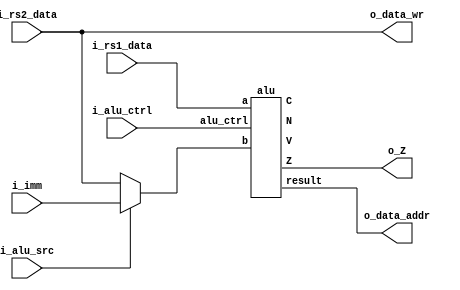
module EXE (
    input   wire    [31:0]      i_rs1_data,
    input   wire    [31:0]      i_rs2_data,
    input   wire    [31:0]      i_imm,
    input   wire                i_alu_src,
    input   wire    [4:0]       i_alu_ctrl,
    output  wire    [31:0]      o_data_addr,
    output  wire    [31:0]      o_data_wr,
    output  wire                o_Z
);
    wire    N, Z, C, V;
    wire    [31:0]      rs2_data;
    wire    [4:0]       alu_ctrl = i_alu_ctrl;
    assign  rs2_data    = i_alu_src ? i_imm : i_rs2_data;
    assign  o_data_wr   = i_rs2_data;
    assign  o_Z = Z;

    alu arithmetic_logic (
        .a          (i_rs1_data ),
        .b          (rs2_data   ),
        .alu_ctrl   (alu_ctrl   ),
        .result     (o_data_addr),
        .N(N), .Z(Z), .C(C), .V(V)
    );

endmodule

module alu (
    input   wire    [31:0]  a,
    input   wire    [31:0]  b,
    input   wire    [4:0]   alu_ctrl,
    output  reg     [31:0]  result,
    output  wire            N, Z, C, V
);
    wire    [31:0]  b2,sum;
    wire            slt, sltu;

    assign b2 = alu_ctrl[4]? ~b : b;

    assign slt = N ^ V; 
    assign sltu = ~C;  

    always @(*) begin
        case (alu_ctrl[3:0])
            4'b0000: result <= sum;
            4'b0001: result <= a & b;
            4'b0010: result <= a | b;
            4'b0011: result <= a ^ b;
            4'b0100: result <= a << b[4:0];    
            4'b0101: result <= a >> b[4:0];    
            4'b0110: result <= a >>> b[4:0];   
            4'b0111: result <= {31'b0, slt};
            4'b1000: result <= {31'b0, sltu};
            default: result <= 32'b0;
        endcase
    end

    kogge_adder adder_subtractor (.a(a), .b(b2), .sub(alu_ctrl[4]), .sum(sum), .N(N), .Z(Z), .C(C), .V(V));

endmodule

// module add_sub (
//     input   wire    [31:0]  a,    
//     input   wire    [31:0]  b,   
//     input   wire            cin,
//     output  wire    [31:0]  sum,
//     output  wire            N, Z, C, V   
// );
//     wire    [31:0]  cout;

//     adder_1bit bit31 (.a(a[31]), .b(b[31]), .cin(cout[30]), .sum(sum[31]), .cout(cout[31]));
//     adder_1bit bit30 (.a(a[30]), .b(b[30]), .cin(cout[29]), .sum(sum[30]), .cout(cout[30]));
//     adder_1bit bit29 (.a(a[29]), .b(b[29]), .cin(cout[28]), .sum(sum[29]), .cout(cout[29]));
//     adder_1bit bit28 (.a(a[28]), .b(b[28]), .cin(cout[27]), .sum(sum[28]), .cout(cout[28]));

//     adder_1bit bit27 (.a(a[27]), .b(b[27]), .cin(cout[26]), .sum(sum[27]), .cout(cout[27]));
//     adder_1bit bit26 (.a(a[26]), .b(b[26]), .cin(cout[25]), .sum(sum[26]), .cout(cout[26]));
//     adder_1bit bit25 (.a(a[25]), .b(b[25]), .cin(cout[24]), .sum(sum[25]), .cout(cout[25]));
//     adder_1bit bit24 (.a(a[24]), .b(b[24]), .cin(cout[23]), .sum(sum[24]), .cout(cout[24]));

//     adder_1bit bit23 (.a(a[23]), .b(b[23]), .cin(cout[22]), .sum(sum[23]), .cout(cout[23]));
//     adder_1bit bit22 (.a(a[22]), .b(b[22]), .cin(cout[21]), .sum(sum[22]), .cout(cout[22]));
//     adder_1bit bit21 (.a(a[21]), .b(b[21]), .cin(cout[20]), .sum(sum[21]), .cout(cout[21]));
//     adder_1bit bit20 (.a(a[20]), .b(b[20]), .cin(cout[19]), .sum(sum[20]), .cout(cout[20]));

//     adder_1bit bit19 (.a(a[19]), .b(b[19]), .cin(cout[18]), .sum(sum[19]), .cout(cout[19]));
//     adder_1bit bit18 (.a(a[18]), .b(b[18]), .cin(cout[17]), .sum(sum[18]), .cout(cout[18]));
//     adder_1bit bit17 (.a(a[17]), .b(b[17]), .cin(cout[16]), .sum(sum[17]), .cout(cout[17]));
//     adder_1bit bit16 (.a(a[16]), .b(b[16]), .cin(cout[15]), .sum(sum[16]), .cout(cout[16]));

//     adder_1bit bit15 (.a(a[15]), .b(b[15]), .cin(cout[14]), .sum(sum[15]), .cout(cout[15]));
//     adder_1bit bit14 (.a(a[14]), .b(b[14]), .cin(cout[13]), .sum(sum[14]), .cout(cout[14]));
//     adder_1bit bit13 (.a(a[13]), .b(b[13]), .cin(cout[12]), .sum(sum[13]), .cout(cout[13]));
//     adder_1bit bit12 (.a(a[12]), .b(b[12]), .cin(cout[11]), .sum(sum[12]), .cout(cout[12]));

//     adder_1bit bit11 (.a(a[11]), .b(b[11]), .cin(cout[10]), .sum(sum[11]), .cout(cout[11]));
//     adder_1bit bit10 (.a(a[10]), .b(b[10]), .cin(cout[9]), .sum(sum[10]), .cout(cout[10]));
//     adder_1bit bit09 (.a(a[9]), .b(b[9]), .cin(cout[8]), .sum(sum[9]), .cout(cout[9]));
//     adder_1bit bit08 (.a(a[8]), .b(b[8]), .cin(cout[7]), .sum(sum[8]), .cout(cout[8]));

//     adder_1bit bit07 (.a(a[7]), .b(b[7]), .cin(cout[6]), .sum(sum[7]), .cout(cout[7]));
//     adder_1bit bit06 (.a(a[6]), .b(b[6]), .cin(cout[5]), .sum(sum[6]), .cout(cout[6]));
//     adder_1bit bit05 (.a(a[5]), .b(b[5]), .cin(cout[4]), .sum(sum[5]), .cout(cout[5]));
//     adder_1bit bit04 (.a(a[4]), .b(b[4]), .cin(cout[3]), .sum(sum[4]), .cout(cout[4]));

//     adder_1bit bit03 (.a(a[3]), .b(b[3]), .cin(cout[2]), .sum(sum[3]), .cout(cout[3]));
//     adder_1bit bit02 (.a(a[2]), .b(b[2]), .cin(cout[1]), .sum(sum[2]), .cout(cout[2]));
//     adder_1bit bit01 (.a(a[1]), .b(b[1]), .cin(cout[0]), .sum(sum[1]), .cout(cout[1]));
//     adder_1bit bit00 (.a(a[0]), .b(b[0]), .cin(cin), .sum(sum[0]), .cout(cout[0]));

//     assign N = sum[31];
//     assign Z = ~(|sum); //(sum == 32'b0);
//     assign C = cout[31];
//     assign V = cout[31] ^ cout[30];

// endmodule

// module adder_1bit(
//     input   wire    a,
//     input   wire    b,
//     input   wire    cin,
//     output  wire    sum,
//     output  wire    cout
// );
//     assign sum = a ^ b ^ cin;
//     assign cout = (a & b) | (a & cin) | (b & cin);
// endmodule

module kogge_adder (
    input       wire    [31:0]      a,
    input       wire    [31:0]      b,
    input       wire                sub,
    output      wire    [31:0]      sum,
    output      wire                N,   // Negative flag
    output      wire                Z,   // Zero flag
    output      wire                C,   // Carry flag
    output      wire                V    // Overflow flag
);

    wire [31:0] b_eff;       // Effective B (B or ~B)
    wire [31:0] p, g;        // Generate and Propagate
    wire [31:0] c;           // Carry bits

    // Effective B calculation based on Sub signal
    assign b_eff = sub? ~b : b;  // XOR with Sub to get B or ~B

    // Generate and Propagate
    // Stage 0
    assign g = a & b_eff;   // Generate
    assign p = a ^ b_eff;   // Propagate

    // Combine multiple stages for Kogge-Stone logic
    wire    [31:0]  g1, p1, g2, p2, g3, p3, g4, p4, g5, p5;

    // Stage 1
    assign {g1[0], p1[0]} = {g[0], p[0]};
    gp s1_01(.g_cur(g[ 1]),    .p_cur(p[ 1]),    .g_pre(g[ 0]),    .p_pre(p[ 0]),    .g_out(g1[ 1]),    .p_out(p1[ 1]));
    gp s1_02(.g_cur(g[ 2]),    .p_cur(p[ 2]),    .g_pre(g[ 1]),    .p_pre(p[ 1]),    .g_out(g1[ 2]),    .p_out(p1[ 2]));
    gp s1_03(.g_cur(g[ 3]),    .p_cur(p[ 3]),    .g_pre(g[ 2]),    .p_pre(p[ 2]),    .g_out(g1[ 3]),    .p_out(p1[ 3]));
    gp s1_04(.g_cur(g[ 4]),    .p_cur(p[ 4]),    .g_pre(g[ 3]),    .p_pre(p[ 3]),    .g_out(g1[ 4]),    .p_out(p1[ 4]));
    gp s1_05(.g_cur(g[ 5]),    .p_cur(p[ 5]),    .g_pre(g[ 4]),    .p_pre(p[ 4]),    .g_out(g1[ 5]),    .p_out(p1[ 5]));
    gp s1_06(.g_cur(g[ 6]),    .p_cur(p[ 6]),    .g_pre(g[ 5]),    .p_pre(p[ 5]),    .g_out(g1[ 6]),    .p_out(p1[ 6]));
    gp s1_07(.g_cur(g[ 7]),    .p_cur(p[ 7]),    .g_pre(g[ 6]),    .p_pre(p[ 6]),    .g_out(g1[ 7]),    .p_out(p1[ 7]));
    gp s1_08(.g_cur(g[ 8]),    .p_cur(p[ 8]),    .g_pre(g[ 7]),    .p_pre(p[ 7]),    .g_out(g1[ 8]),    .p_out(p1[ 8]));
    gp s1_09(.g_cur(g[ 9]),    .p_cur(p[ 9]),    .g_pre(g[ 8]),    .p_pre(p[ 8]),    .g_out(g1[ 9]),    .p_out(p1[ 9]));
    gp s1_10(.g_cur(g[10]),    .p_cur(p[10]),    .g_pre(g[ 9]),    .p_pre(p[ 9]),    .g_out(g1[10]),    .p_out(p1[10]));
    gp s1_11(.g_cur(g[11]),    .p_cur(p[11]),    .g_pre(g[10]),    .p_pre(p[10]),    .g_out(g1[11]),    .p_out(p1[11]));
    gp s1_12(.g_cur(g[12]),    .p_cur(p[12]),    .g_pre(g[11]),    .p_pre(p[11]),    .g_out(g1[12]),    .p_out(p1[12]));
    gp s1_13(.g_cur(g[13]),    .p_cur(p[13]),    .g_pre(g[12]),    .p_pre(p[12]),    .g_out(g1[13]),    .p_out(p1[13]));
    gp s1_14(.g_cur(g[14]),    .p_cur(p[14]),    .g_pre(g[13]),    .p_pre(p[13]),    .g_out(g1[14]),    .p_out(p1[14]));
    gp s1_15(.g_cur(g[15]),    .p_cur(p[15]),    .g_pre(g[14]),    .p_pre(p[14]),    .g_out(g1[15]),    .p_out(p1[15]));
    gp s1_16(.g_cur(g[16]),    .p_cur(p[16]),    .g_pre(g[15]),    .p_pre(p[15]),    .g_out(g1[16]),    .p_out(p1[16]));
    gp s1_17(.g_cur(g[17]),    .p_cur(p[17]),    .g_pre(g[16]),    .p_pre(p[16]),    .g_out(g1[17]),    .p_out(p1[17]));
    gp s1_18(.g_cur(g[18]),    .p_cur(p[18]),    .g_pre(g[17]),    .p_pre(p[17]),    .g_out(g1[18]),    .p_out(p1[18]));
    gp s1_19(.g_cur(g[19]),    .p_cur(p[19]),    .g_pre(g[18]),    .p_pre(p[18]),    .g_out(g1[19]),    .p_out(p1[19]));
    gp s1_20(.g_cur(g[20]),    .p_cur(p[20]),    .g_pre(g[19]),    .p_pre(p[19]),    .g_out(g1[20]),    .p_out(p1[20]));
    gp s1_21(.g_cur(g[21]),    .p_cur(p[21]),    .g_pre(g[20]),    .p_pre(p[20]),    .g_out(g1[21]),    .p_out(p1[21]));
    gp s1_22(.g_cur(g[22]),    .p_cur(p[22]),    .g_pre(g[21]),    .p_pre(p[21]),    .g_out(g1[22]),    .p_out(p1[22]));
    gp s1_23(.g_cur(g[23]),    .p_cur(p[23]),    .g_pre(g[22]),    .p_pre(p[22]),    .g_out(g1[23]),    .p_out(p1[23]));
    gp s1_24(.g_cur(g[24]),    .p_cur(p[24]),    .g_pre(g[23]),    .p_pre(p[23]),    .g_out(g1[24]),    .p_out(p1[24]));
    gp s1_25(.g_cur(g[25]),    .p_cur(p[25]),    .g_pre(g[24]),    .p_pre(p[24]),    .g_out(g1[25]),    .p_out(p1[25]));
    gp s1_26(.g_cur(g[26]),    .p_cur(p[26]),    .g_pre(g[25]),    .p_pre(p[25]),    .g_out(g1[26]),    .p_out(p1[26]));
    gp s1_27(.g_cur(g[27]),    .p_cur(p[27]),    .g_pre(g[26]),    .p_pre(p[26]),    .g_out(g1[27]),    .p_out(p1[27]));
    gp s1_28(.g_cur(g[28]),    .p_cur(p[28]),    .g_pre(g[27]),    .p_pre(p[27]),    .g_out(g1[28]),    .p_out(p1[28]));
    gp s1_29(.g_cur(g[29]),    .p_cur(p[29]),    .g_pre(g[28]),    .p_pre(p[28]),    .g_out(g1[29]),    .p_out(p1[29]));
    gp s1_30(.g_cur(g[30]),    .p_cur(p[30]),    .g_pre(g[29]),    .p_pre(p[29]),    .g_out(g1[30]),    .p_out(p1[30]));
    gp s1_31(.g_cur(g[31]),    .p_cur(p[31]),    .g_pre(g[30]),    .p_pre(p[30]),    .g_out(g1[31]),    .p_out(p1[31]));

    // Stage 2
    assign {g2[0], p2[0]} = {g1[0], p1[0]};
    assign {g2[1], p2[1]} = {g1[1], p1[1]};
    gp s2_01(.g_cur(g1[ 2]),    .p_cur(p1[ 2]),    .g_pre(g1[ 0]),    .p_pre(p1[ 0]),    .g_out(g2[ 2]),    .p_out(p2[ 2]));
    gp s2_02(.g_cur(g1[ 3]),    .p_cur(p1[ 3]),    .g_pre(g1[ 1]),    .p_pre(p1[ 1]),    .g_out(g2[ 3]),    .p_out(p2[ 3]));
    gp s2_03(.g_cur(g1[ 4]),    .p_cur(p1[ 4]),    .g_pre(g1[ 2]),    .p_pre(p1[ 2]),    .g_out(g2[ 4]),    .p_out(p2[ 4]));
    gp s2_04(.g_cur(g1[ 5]),    .p_cur(p1[ 5]),    .g_pre(g1[ 3]),    .p_pre(p1[ 3]),    .g_out(g2[ 5]),    .p_out(p2[ 5]));
    gp s2_05(.g_cur(g1[ 6]),    .p_cur(p1[ 6]),    .g_pre(g1[ 4]),    .p_pre(p1[ 4]),    .g_out(g2[ 6]),    .p_out(p2[ 6]));
    gp s2_06(.g_cur(g1[ 7]),    .p_cur(p1[ 7]),    .g_pre(g1[ 5]),    .p_pre(p1[ 5]),    .g_out(g2[ 7]),    .p_out(p2[ 7]));
    gp s2_07(.g_cur(g1[ 8]),    .p_cur(p1[ 8]),    .g_pre(g1[ 6]),    .p_pre(p1[ 6]),    .g_out(g2[ 8]),    .p_out(p2[ 8]));
    gp s2_08(.g_cur(g1[ 9]),    .p_cur(p1[ 9]),    .g_pre(g1[ 7]),    .p_pre(p1[ 7]),    .g_out(g2[ 9]),    .p_out(p2[ 9]));
    gp s2_09(.g_cur(g1[10]),    .p_cur(p1[10]),    .g_pre(g1[ 8]),    .p_pre(p1[ 8]),    .g_out(g2[10]),    .p_out(p2[10]));
    gp s2_10(.g_cur(g1[11]),    .p_cur(p1[11]),    .g_pre(g1[ 9]),    .p_pre(p1[ 9]),    .g_out(g2[11]),    .p_out(p2[11]));
    gp s2_11(.g_cur(g1[12]),    .p_cur(p1[12]),    .g_pre(g1[10]),    .p_pre(p1[10]),    .g_out(g2[12]),    .p_out(p2[12]));
    gp s2_12(.g_cur(g1[13]),    .p_cur(p1[13]),    .g_pre(g1[11]),    .p_pre(p1[11]),    .g_out(g2[13]),    .p_out(p2[13]));
    gp s2_13(.g_cur(g1[14]),    .p_cur(p1[14]),    .g_pre(g1[12]),    .p_pre(p1[12]),    .g_out(g2[14]),    .p_out(p2[14]));
    gp s2_14(.g_cur(g1[15]),    .p_cur(p1[15]),    .g_pre(g1[13]),    .p_pre(p1[13]),    .g_out(g2[15]),    .p_out(p2[15]));
    gp s2_15(.g_cur(g1[16]),    .p_cur(p1[16]),    .g_pre(g1[14]),    .p_pre(p1[14]),    .g_out(g2[16]),    .p_out(p2[16]));
    gp s2_16(.g_cur(g1[17]),    .p_cur(p1[17]),    .g_pre(g1[15]),    .p_pre(p1[15]),    .g_out(g2[17]),    .p_out(p2[17]));
    gp s2_17(.g_cur(g1[18]),    .p_cur(p1[18]),    .g_pre(g1[16]),    .p_pre(p1[16]),    .g_out(g2[18]),    .p_out(p2[18]));
    gp s2_18(.g_cur(g1[19]),    .p_cur(p1[19]),    .g_pre(g1[17]),    .p_pre(p1[17]),    .g_out(g2[19]),    .p_out(p2[19]));
    gp s2_19(.g_cur(g1[20]),    .p_cur(p1[20]),    .g_pre(g1[18]),    .p_pre(p1[18]),    .g_out(g2[20]),    .p_out(p2[20]));
    gp s2_20(.g_cur(g1[21]),    .p_cur(p1[21]),    .g_pre(g1[19]),    .p_pre(p1[19]),    .g_out(g2[21]),    .p_out(p2[21]));
    gp s2_21(.g_cur(g1[22]),    .p_cur(p1[22]),    .g_pre(g1[20]),    .p_pre(p1[20]),    .g_out(g2[22]),    .p_out(p2[22]));
    gp s2_22(.g_cur(g1[23]),    .p_cur(p1[23]),    .g_pre(g1[21]),    .p_pre(p1[21]),    .g_out(g2[23]),    .p_out(p2[23]));
    gp s2_23(.g_cur(g1[24]),    .p_cur(p1[24]),    .g_pre(g1[22]),    .p_pre(p1[22]),    .g_out(g2[24]),    .p_out(p2[24]));
    gp s2_24(.g_cur(g1[25]),    .p_cur(p1[25]),    .g_pre(g1[23]),    .p_pre(p1[23]),    .g_out(g2[25]),    .p_out(p2[25]));
    gp s2_25(.g_cur(g1[26]),    .p_cur(p1[26]),    .g_pre(g1[24]),    .p_pre(p1[24]),    .g_out(g2[26]),    .p_out(p2[26]));
    gp s2_26(.g_cur(g1[27]),    .p_cur(p1[27]),    .g_pre(g1[25]),    .p_pre(p1[25]),    .g_out(g2[27]),    .p_out(p2[27]));
    gp s2_27(.g_cur(g1[28]),    .p_cur(p1[28]),    .g_pre(g1[26]),    .p_pre(p1[26]),    .g_out(g2[28]),    .p_out(p2[28]));
    gp s2_28(.g_cur(g1[29]),    .p_cur(p1[29]),    .g_pre(g1[27]),    .p_pre(p1[27]),    .g_out(g2[29]),    .p_out(p2[29]));
    gp s2_29(.g_cur(g1[30]),    .p_cur(p1[30]),    .g_pre(g1[28]),    .p_pre(p1[28]),    .g_out(g2[30]),    .p_out(p2[30]));
    gp s2_30(.g_cur(g1[31]),    .p_cur(p1[31]),    .g_pre(g1[29]),    .p_pre(p1[29]),    .g_out(g2[31]),    .p_out(p2[31]));

    // Stage 3
    assign {g3[0], p3[0]} = {g2[0], p2[0]};
    assign {g3[1], p3[1]} = {g2[1], p2[1]};
    assign {g3[2], p3[2]} = {g2[2], p2[2]};
    assign {g3[3], p3[3]} = {g2[3], p2[3]};
    gp s3_01(.g_cur(g2[ 4]),    .p_cur(p2[ 4]),    .g_pre(g2[ 0]),    .p_pre(p2[ 0]),    .g_out(g3[ 4]),    .p_out(p3[ 4]));
    gp s3_02(.g_cur(g2[ 5]),    .p_cur(p2[ 5]),    .g_pre(g2[ 1]),    .p_pre(p2[ 1]),    .g_out(g3[ 5]),    .p_out(p3[ 5]));
    gp s3_03(.g_cur(g2[ 6]),    .p_cur(p2[ 6]),    .g_pre(g2[ 2]),    .p_pre(p2[ 2]),    .g_out(g3[ 6]),    .p_out(p3[ 6]));
    gp s3_04(.g_cur(g2[ 7]),    .p_cur(p2[ 7]),    .g_pre(g2[ 3]),    .p_pre(p2[ 3]),    .g_out(g3[ 7]),    .p_out(p3[ 7]));
    gp s3_05(.g_cur(g2[ 8]),    .p_cur(p2[ 8]),    .g_pre(g2[ 4]),    .p_pre(p2[ 4]),    .g_out(g3[ 8]),    .p_out(p3[ 8]));
    gp s3_06(.g_cur(g2[ 9]),    .p_cur(p2[ 9]),    .g_pre(g2[ 5]),    .p_pre(p2[ 5]),    .g_out(g3[ 9]),    .p_out(p3[ 9]));
    gp s3_07(.g_cur(g2[10]),    .p_cur(p2[10]),    .g_pre(g2[ 6]),    .p_pre(p2[ 6]),    .g_out(g3[10]),    .p_out(p3[10]));
    gp s3_08(.g_cur(g2[11]),    .p_cur(p2[11]),    .g_pre(g2[ 7]),    .p_pre(p2[ 7]),    .g_out(g3[11]),    .p_out(p3[11]));
    gp s3_09(.g_cur(g2[12]),    .p_cur(p2[12]),    .g_pre(g2[ 8]),    .p_pre(p2[ 8]),    .g_out(g3[12]),    .p_out(p3[12]));
    gp s3_10(.g_cur(g2[13]),    .p_cur(p2[13]),    .g_pre(g2[ 9]),    .p_pre(p2[ 9]),    .g_out(g3[13]),    .p_out(p3[13]));
    gp s3_11(.g_cur(g2[14]),    .p_cur(p2[14]),    .g_pre(g2[10]),    .p_pre(p2[10]),    .g_out(g3[14]),    .p_out(p3[14]));
    gp s3_12(.g_cur(g2[15]),    .p_cur(p2[15]),    .g_pre(g2[11]),    .p_pre(p2[11]),    .g_out(g3[15]),    .p_out(p3[15]));
    gp s3_13(.g_cur(g2[16]),    .p_cur(p2[16]),    .g_pre(g2[12]),    .p_pre(p2[12]),    .g_out(g3[16]),    .p_out(p3[16]));
    gp s3_14(.g_cur(g2[17]),    .p_cur(p2[17]),    .g_pre(g2[13]),    .p_pre(p2[13]),    .g_out(g3[17]),    .p_out(p3[17]));
    gp s3_15(.g_cur(g2[18]),    .p_cur(p2[18]),    .g_pre(g2[14]),    .p_pre(p2[14]),    .g_out(g3[18]),    .p_out(p3[18]));
    gp s3_16(.g_cur(g2[19]),    .p_cur(p2[19]),    .g_pre(g2[15]),    .p_pre(p2[15]),    .g_out(g3[19]),    .p_out(p3[19]));
    gp s3_17(.g_cur(g2[20]),    .p_cur(p2[20]),    .g_pre(g2[16]),    .p_pre(p2[16]),    .g_out(g3[20]),    .p_out(p3[20]));
    gp s3_18(.g_cur(g2[21]),    .p_cur(p2[21]),    .g_pre(g2[17]),    .p_pre(p2[17]),    .g_out(g3[21]),    .p_out(p3[21]));
    gp s3_19(.g_cur(g2[22]),    .p_cur(p2[22]),    .g_pre(g2[18]),    .p_pre(p2[18]),    .g_out(g3[22]),    .p_out(p3[22]));
    gp s3_20(.g_cur(g2[23]),    .p_cur(p2[23]),    .g_pre(g2[19]),    .p_pre(p2[19]),    .g_out(g3[23]),    .p_out(p3[23]));
    gp s3_21(.g_cur(g2[24]),    .p_cur(p2[24]),    .g_pre(g2[20]),    .p_pre(p2[20]),    .g_out(g3[24]),    .p_out(p3[24]));
    gp s3_22(.g_cur(g2[25]),    .p_cur(p2[25]),    .g_pre(g2[21]),    .p_pre(p2[21]),    .g_out(g3[25]),    .p_out(p3[25]));
    gp s3_23(.g_cur(g2[26]),    .p_cur(p2[26]),    .g_pre(g2[22]),    .p_pre(p2[22]),    .g_out(g3[26]),    .p_out(p3[26]));
    gp s3_24(.g_cur(g2[27]),    .p_cur(p2[27]),    .g_pre(g2[23]),    .p_pre(p2[23]),    .g_out(g3[27]),    .p_out(p3[27]));
    gp s3_25(.g_cur(g2[28]),    .p_cur(p2[28]),    .g_pre(g2[24]),    .p_pre(p2[24]),    .g_out(g3[28]),    .p_out(p3[28]));
    gp s3_26(.g_cur(g2[29]),    .p_cur(p2[29]),    .g_pre(g2[25]),    .p_pre(p2[25]),    .g_out(g3[29]),    .p_out(p3[29]));
    gp s3_27(.g_cur(g2[30]),    .p_cur(p2[30]),    .g_pre(g2[26]),    .p_pre(p2[26]),    .g_out(g3[30]),    .p_out(p3[30]));
    gp s3_28(.g_cur(g2[31]),    .p_cur(p2[31]),    .g_pre(g2[27]),    .p_pre(p2[27]),    .g_out(g3[31]),    .p_out(p3[31]));

    // Stage 4
    assign {g4[0], p4[0]} = {g3[0], p3[0]};
    assign {g4[1], p4[1]} = {g3[1], p3[1]};
    assign {g4[2], p4[2]} = {g3[2], p3[2]};
    assign {g4[3], p4[3]} = {g3[3], p3[3]};
    assign {g4[4], p4[4]} = {g3[4], p3[4]};
    assign {g4[5], p4[5]} = {g3[5], p3[5]};
    assign {g4[6], p4[6]} = {g3[6], p3[6]};
    assign {g4[7], p4[7]} = {g3[7], p3[7]};
    gp s4_01(.g_cur(g3[ 8]),    .p_cur(p3[ 8]),    .g_pre(g3[ 0]),    .p_pre(p3[ 0]),    .g_out(g4[ 8]),    .p_out(p4[ 8]));
    gp s4_02(.g_cur(g3[ 9]),    .p_cur(p3[ 9]),    .g_pre(g3[ 1]),    .p_pre(p3[ 1]),    .g_out(g4[ 9]),    .p_out(p4[ 9]));
    gp s4_03(.g_cur(g3[10]),    .p_cur(p3[10]),    .g_pre(g3[ 2]),    .p_pre(p3[ 2]),    .g_out(g4[10]),    .p_out(p4[10]));
    gp s4_04(.g_cur(g3[11]),    .p_cur(p3[11]),    .g_pre(g3[ 3]),    .p_pre(p3[ 3]),    .g_out(g4[11]),    .p_out(p4[11]));
    gp s4_05(.g_cur(g3[12]),    .p_cur(p3[12]),    .g_pre(g3[ 4]),    .p_pre(p3[ 4]),    .g_out(g4[12]),    .p_out(p4[12]));
    gp s4_06(.g_cur(g3[13]),    .p_cur(p3[13]),    .g_pre(g3[ 5]),    .p_pre(p3[ 5]),    .g_out(g4[13]),    .p_out(p4[13]));
    gp s4_07(.g_cur(g3[14]),    .p_cur(p3[14]),    .g_pre(g3[ 6]),    .p_pre(p3[ 6]),    .g_out(g4[14]),    .p_out(p4[14]));
    gp s4_08(.g_cur(g3[15]),    .p_cur(p3[15]),    .g_pre(g3[ 7]),    .p_pre(p3[ 7]),    .g_out(g4[15]),    .p_out(p4[15]));
    gp s4_09(.g_cur(g3[16]),    .p_cur(p3[16]),    .g_pre(g3[ 8]),    .p_pre(p3[ 8]),    .g_out(g4[16]),    .p_out(p4[16]));
    gp s4_10(.g_cur(g3[17]),    .p_cur(p3[17]),    .g_pre(g3[ 9]),    .p_pre(p3[ 9]),    .g_out(g4[17]),    .p_out(p4[17]));
    gp s4_11(.g_cur(g3[18]),    .p_cur(p3[18]),    .g_pre(g3[10]),    .p_pre(p3[10]),    .g_out(g4[18]),    .p_out(p4[18]));
    gp s4_12(.g_cur(g3[19]),    .p_cur(p3[19]),    .g_pre(g3[11]),    .p_pre(p3[11]),    .g_out(g4[19]),    .p_out(p4[19]));
    gp s4_13(.g_cur(g3[20]),    .p_cur(p3[20]),    .g_pre(g3[12]),    .p_pre(p3[12]),    .g_out(g4[20]),    .p_out(p4[20]));
    gp s4_14(.g_cur(g3[21]),    .p_cur(p3[21]),    .g_pre(g3[13]),    .p_pre(p3[13]),    .g_out(g4[21]),    .p_out(p4[21]));
    gp s4_15(.g_cur(g3[22]),    .p_cur(p3[22]),    .g_pre(g3[14]),    .p_pre(p3[14]),    .g_out(g4[22]),    .p_out(p4[22]));
    gp s4_16(.g_cur(g3[23]),    .p_cur(p3[23]),    .g_pre(g3[15]),    .p_pre(p3[15]),    .g_out(g4[23]),    .p_out(p4[23]));
    gp s4_17(.g_cur(g3[24]),    .p_cur(p3[24]),    .g_pre(g3[16]),    .p_pre(p3[16]),    .g_out(g4[24]),    .p_out(p4[24]));
    gp s4_18(.g_cur(g3[25]),    .p_cur(p3[25]),    .g_pre(g3[17]),    .p_pre(p3[17]),    .g_out(g4[25]),    .p_out(p4[25]));
    gp s4_19(.g_cur(g3[26]),    .p_cur(p3[26]),    .g_pre(g3[18]),    .p_pre(p3[18]),    .g_out(g4[26]),    .p_out(p4[26]));
    gp s4_20(.g_cur(g3[27]),    .p_cur(p3[27]),    .g_pre(g3[19]),    .p_pre(p3[19]),    .g_out(g4[27]),    .p_out(p4[27]));
    gp s4_21(.g_cur(g3[28]),    .p_cur(p3[28]),    .g_pre(g3[20]),    .p_pre(p3[20]),    .g_out(g4[28]),    .p_out(p4[28]));
    gp s4_22(.g_cur(g3[29]),    .p_cur(p3[29]),    .g_pre(g3[21]),    .p_pre(p3[21]),    .g_out(g4[29]),    .p_out(p4[29]));
    gp s4_23(.g_cur(g3[30]),    .p_cur(p3[30]),    .g_pre(g3[22]),    .p_pre(p3[22]),    .g_out(g4[30]),    .p_out(p4[30]));
    gp s4_24(.g_cur(g3[31]),    .p_cur(p3[31]),    .g_pre(g3[23]),    .p_pre(p3[23]),    .g_out(g4[31]),    .p_out(p4[31]));

    // Stage 5
    assign {g5[ 0], p5[ 0]} = {g4[ 0], p4[ 0]};
    assign {g5[ 1], p5[ 1]} = {g4[ 1], p4[ 1]};
    assign {g5[ 2], p5[ 2]} = {g4[ 2], p4[ 2]};
    assign {g5[ 3], p5[ 3]} = {g4[ 3], p4[ 3]};
    assign {g5[ 4], p5[ 4]} = {g4[ 4], p4[ 4]};
    assign {g5[ 5], p5[ 5]} = {g4[ 5], p4[ 5]};
    assign {g5[ 6], p5[ 6]} = {g4[ 6], p4[ 6]};
    assign {g5[ 7], p5[ 7]} = {g4[ 7], p4[ 7]};
    assign {g5[ 8], p5[ 8]} = {g4[ 8], p4[ 8]};
    assign {g5[ 9], p5[ 9]} = {g4[ 9], p4[ 9]};
    assign {g5[10], p5[10]} = {g4[10], p4[10]};
    assign {g5[11], p5[11]} = {g4[11], p4[11]};
    assign {g5[12], p5[12]} = {g4[12], p4[12]};
    assign {g5[13], p5[13]} = {g4[13], p4[13]};
    assign {g5[14], p5[14]} = {g4[14], p4[14]};
    assign {g5[15], p5[15]} = {g4[15], p4[15]};
    gp s5_01(.g_cur(g4[16]),    .p_cur(p4[16]),    .g_pre(g4[ 0]),    .p_pre(p4[ 0]),    .g_out(g5[16]),    .p_out(p5[16]));
    gp s5_02(.g_cur(g4[17]),    .p_cur(p4[17]),    .g_pre(g4[ 1]),    .p_pre(p4[ 1]),    .g_out(g5[17]),    .p_out(p5[17]));
    gp s5_03(.g_cur(g4[18]),    .p_cur(p4[18]),    .g_pre(g4[ 2]),    .p_pre(p4[ 2]),    .g_out(g5[18]),    .p_out(p5[18]));
    gp s5_04(.g_cur(g4[19]),    .p_cur(p4[19]),    .g_pre(g4[ 3]),    .p_pre(p4[ 3]),    .g_out(g5[19]),    .p_out(p5[19]));
    gp s5_05(.g_cur(g4[20]),    .p_cur(p4[20]),    .g_pre(g4[ 4]),    .p_pre(p4[ 4]),    .g_out(g5[20]),    .p_out(p5[20]));
    gp s5_06(.g_cur(g4[21]),    .p_cur(p4[21]),    .g_pre(g4[ 5]),    .p_pre(p4[ 5]),    .g_out(g5[21]),    .p_out(p5[21]));
    gp s5_07(.g_cur(g4[22]),    .p_cur(p4[22]),    .g_pre(g4[ 6]),    .p_pre(p4[ 6]),    .g_out(g5[22]),    .p_out(p5[22]));
    gp s5_08(.g_cur(g4[23]),    .p_cur(p4[23]),    .g_pre(g4[ 7]),    .p_pre(p4[ 7]),    .g_out(g5[23]),    .p_out(p5[23]));
    gp s5_09(.g_cur(g4[24]),    .p_cur(p4[24]),    .g_pre(g4[ 8]),    .p_pre(p4[ 8]),    .g_out(g5[24]),    .p_out(p5[24]));
    gp s5_10(.g_cur(g4[25]),    .p_cur(p4[25]),    .g_pre(g4[ 9]),    .p_pre(p4[ 9]),    .g_out(g5[25]),    .p_out(p5[25]));
    gp s5_11(.g_cur(g4[26]),    .p_cur(p4[26]),    .g_pre(g4[10]),    .p_pre(p4[10]),    .g_out(g5[26]),    .p_out(p5[26]));
    gp s5_12(.g_cur(g4[27]),    .p_cur(p4[27]),    .g_pre(g4[11]),    .p_pre(p4[11]),    .g_out(g5[27]),    .p_out(p5[27]));
    gp s5_13(.g_cur(g4[28]),    .p_cur(p4[28]),    .g_pre(g4[12]),    .p_pre(p4[12]),    .g_out(g5[28]),    .p_out(p5[28]));
    gp s5_14(.g_cur(g4[29]),    .p_cur(p4[29]),    .g_pre(g4[13]),    .p_pre(p4[13]),    .g_out(g5[29]),    .p_out(p5[29]));
    gp s5_15(.g_cur(g4[30]),    .p_cur(p4[30]),    .g_pre(g4[14]),    .p_pre(p4[14]),    .g_out(g5[30]),    .p_out(p5[30]));
    gp s5_16(.g_cur(g4[31]),    .p_cur(p4[31]),    .g_pre(g4[15]),    .p_pre(p4[15]),    .g_out(g5[31]),    .p_out(p5[31]));

    // Carry calculation
    c_gen carry_01(.g(g5[ 0]), .p(p5[ 0]), .c_pre(sub),  .c(c[ 0]));
    c_gen carry_02(.g(g5[ 1]), .p(p5[ 1]), .c_pre(c[ 0]), .c(c[ 1]));
    c_gen carry_03(.g(g5[ 2]), .p(p5[ 2]), .c_pre(c[ 1]), .c(c[ 2]));
    c_gen carry_04(.g(g5[ 3]), .p(p5[ 3]), .c_pre(c[ 2]), .c(c[ 3]));
    c_gen carry_05(.g(g5[ 4]), .p(p5[ 4]), .c_pre(c[ 3]), .c(c[ 4]));
    c_gen carry_06(.g(g5[ 5]), .p(p5[ 5]), .c_pre(c[ 4]), .c(c[ 5]));
    c_gen carry_07(.g(g5[ 6]), .p(p5[ 6]), .c_pre(c[ 5]), .c(c[ 6]));
    c_gen carry_08(.g(g5[ 7]), .p(p5[ 7]), .c_pre(c[ 6]), .c(c[ 7]));
    c_gen carry_09(.g(g5[ 8]), .p(p5[ 8]), .c_pre(c[ 7]), .c(c[ 8]));
    c_gen carry_10(.g(g5[ 9]), .p(p5[ 9]), .c_pre(c[ 8]), .c(c[ 9]));
    c_gen carry_11(.g(g5[10]), .p(p5[10]), .c_pre(c[ 9]), .c(c[10]));
    c_gen carry_12(.g(g5[11]), .p(p5[11]), .c_pre(c[10]), .c(c[11]));
    c_gen carry_13(.g(g5[12]), .p(p5[12]), .c_pre(c[11]), .c(c[12]));
    c_gen carry_14(.g(g5[13]), .p(p5[13]), .c_pre(c[12]), .c(c[13]));
    c_gen carry_15(.g(g5[14]), .p(p5[14]), .c_pre(c[13]), .c(c[14]));
    c_gen carry_16(.g(g5[15]), .p(p5[15]), .c_pre(c[14]), .c(c[15]));
    c_gen carry_17(.g(g5[16]), .p(p5[16]), .c_pre(c[15]), .c(c[16]));
    c_gen carry_18(.g(g5[17]), .p(p5[17]), .c_pre(c[16]), .c(c[17]));
    c_gen carry_19(.g(g5[18]), .p(p5[18]), .c_pre(c[17]), .c(c[18]));
    c_gen carry_20(.g(g5[19]), .p(p5[19]), .c_pre(c[18]), .c(c[19]));
    c_gen carry_21(.g(g5[20]), .p(p5[20]), .c_pre(c[19]), .c(c[20]));
    c_gen carry_22(.g(g5[21]), .p(p5[21]), .c_pre(c[20]), .c(c[21]));
    c_gen carry_23(.g(g5[22]), .p(p5[22]), .c_pre(c[21]), .c(c[22]));
    c_gen carry_24(.g(g5[23]), .p(p5[23]), .c_pre(c[22]), .c(c[23]));
    c_gen carry_25(.g(g5[24]), .p(p5[24]), .c_pre(c[23]), .c(c[24]));
    c_gen carry_26(.g(g5[25]), .p(p5[25]), .c_pre(c[24]), .c(c[25]));
    c_gen carry_27(.g(g5[26]), .p(p5[26]), .c_pre(c[25]), .c(c[26]));
    c_gen carry_28(.g(g5[27]), .p(p5[27]), .c_pre(c[26]), .c(c[27]));
    c_gen carry_29(.g(g5[28]), .p(p5[28]), .c_pre(c[27]), .c(c[28]));
    c_gen carry_30(.g(g5[29]), .p(p5[29]), .c_pre(c[28]), .c(c[29]));
    c_gen carry_31(.g(g5[30]), .p(p5[30]), .c_pre(c[29]), .c(c[30]));
    c_gen carry_32(.g(g5[31]), .p(p5[31]), .c_pre(c[30]), .c(c[31]));

    // Sum calculation
    assign sum = p ^ {c[30:0], sub};

    // Flags
    assign N = sum[7];           // Negative flag
    assign Z = (sum == 32'b0);   // Zero flag
    assign C = c[31];            // Carry flag
    assign V = c[31] ^ c[30];    // Overflow flaga

endmodule

module gp(
    input   wire    g_cur,
    input   wire    p_cur,
    input   wire    g_pre,
    input   wire    p_pre,
    output  wire    g_out,
    output  wire    p_out
);
    assign {g_out, p_out} = {(g_cur | (p_cur & g_pre)), (p_cur & p_pre)};
endmodule

module c_gen(
    input   wire    g,
    input   wire    p,
    input   wire    c_pre,
    output  wire    c
);
    assign c = g | (p & c_pre);
endmodule